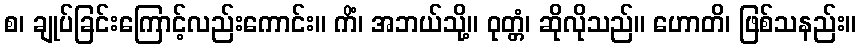
စ၊ ချုပ်ခြင်းကြောင့်လည်းကောင်း။ ကိံ၊ အဘယ်သို့။ ဝုတ္တံ၊ ဆိုလိုသည်။ ဟောတိ၊ ဖြစ်သနည်း။